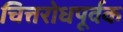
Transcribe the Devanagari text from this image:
चित्तरोधपूर्वक